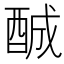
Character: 𨠽